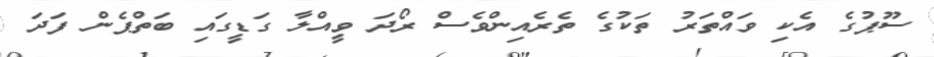
ސޫޕުގެ އެކި ވައްތަރު ތަކުގެ ތެރެއިންވެސް ރޯދަ ވީއްލާ ގަޑީގައި ބަތްޕެން ފަދަ